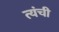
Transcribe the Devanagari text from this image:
त्यंची